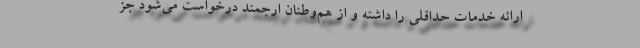
ارائه خدمات حداقلی را داشته و از هم‌وطنان ارجمند درخواست می‌شود جز